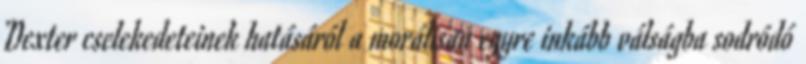
Dexter cselekedeteinek hatásáról a morálisan egyre inkább válságba sodródó